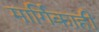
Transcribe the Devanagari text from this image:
मार्गिकाही